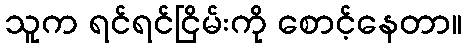
သူက ရင်ရင်ငြိမ်းကို စောင့်နေတာ။